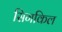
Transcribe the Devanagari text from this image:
सिगकिल